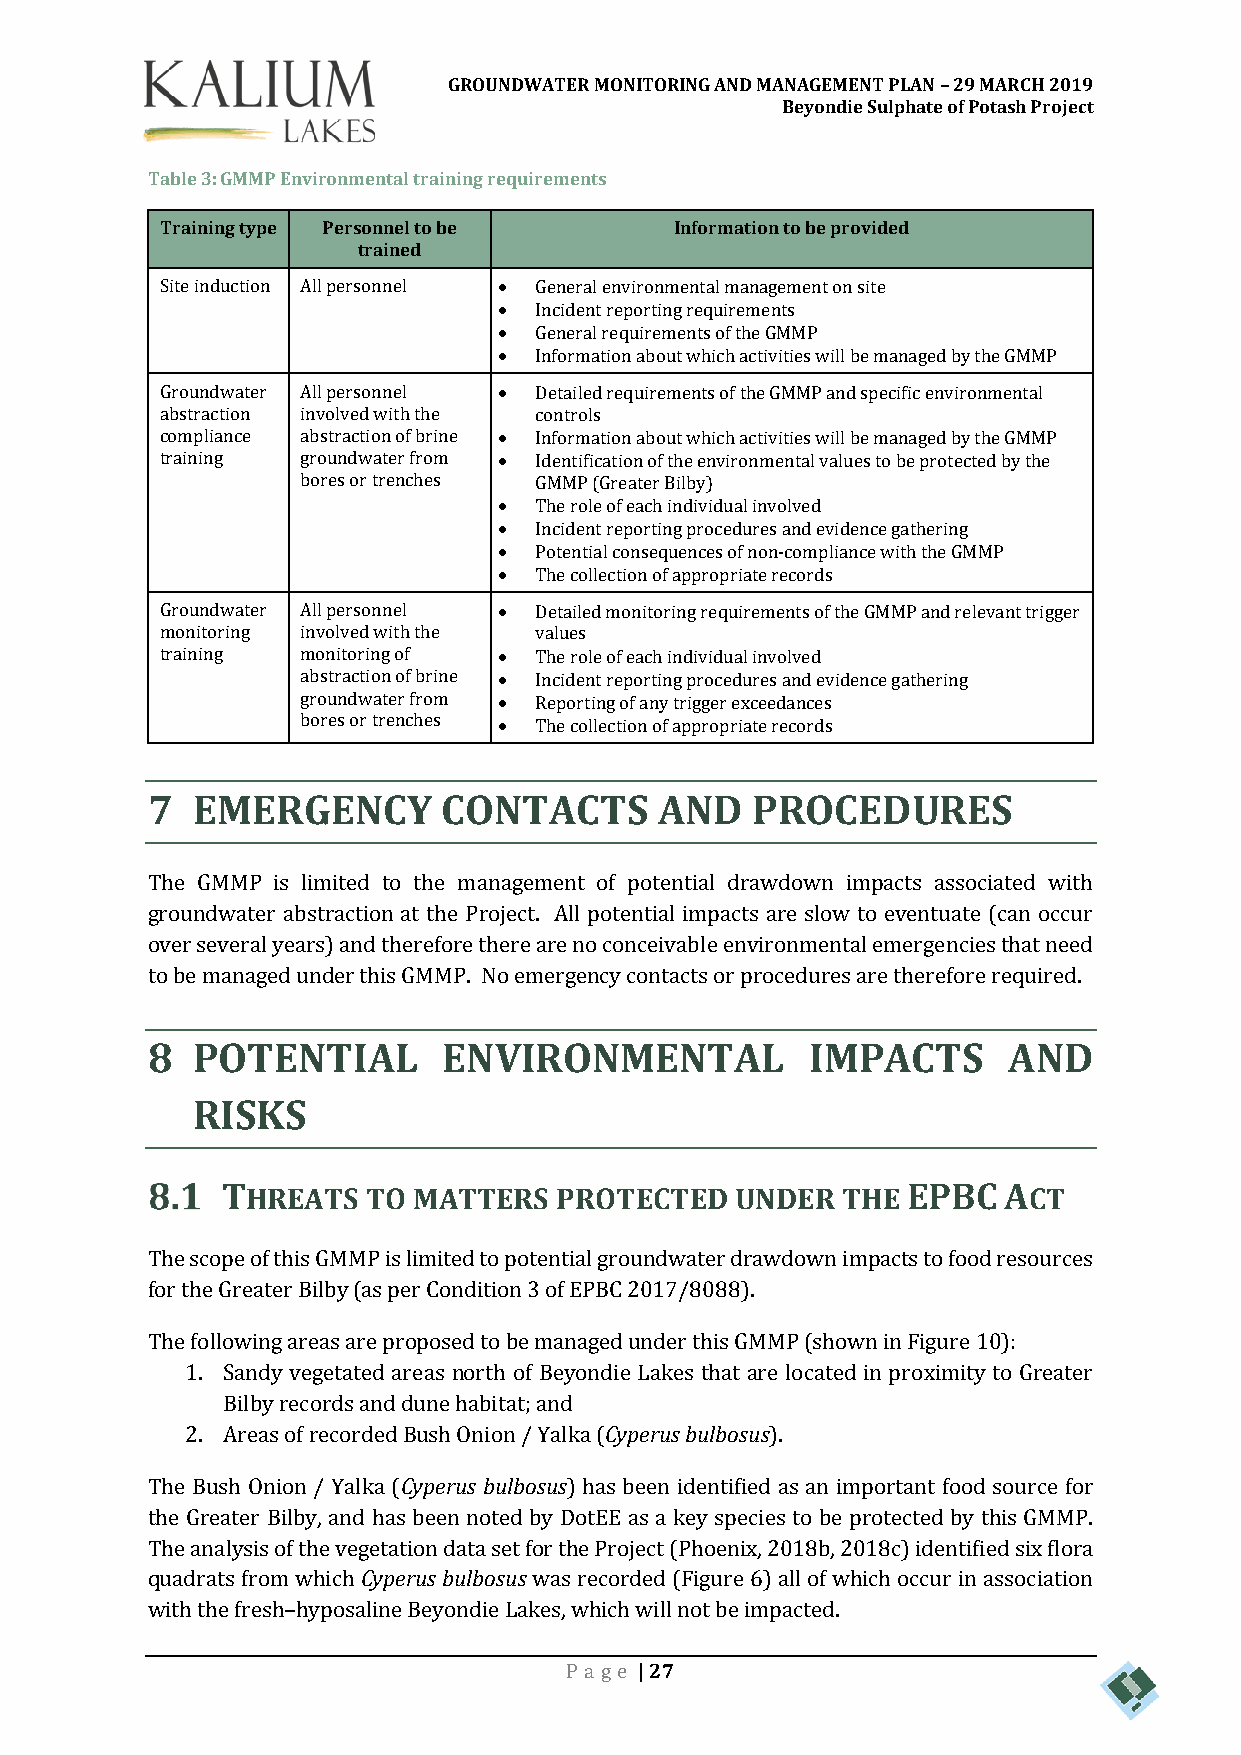
GROUNDWATER MONITORING AND MANAGEMENT PLAN – 29 MARCH 2019
 Beyondie Sulphate of Potash Project
 Table 3: GMMP Environmental training requirements
 Training type Personnel to be     Information to be provided
 trained
 Site induction All personnel  General environmental management on site
  Incident reporting requirements
  General requirements of the GMMP
  Information about which activities will be managed by the GMMP
 Groundwater All personnel  Detailed requirements of the GMMP and specific environmental
 abstraction involved with the controls
 compliance abstraction of brine  Information about which activities will be managed by the GMMP
 training groundwater from  Identification of the environmental values to be protected by the
 bores or trenches GMMP (Greater Bilby)
  The role of each individual involved
  Incident reporting procedures and evidence gathering
  Potential consequences of non-compliance with the GMMP
  The collection of appropriate records
 Groundwater All personnel  Detailed monitoring requirements of the GMMP and relevant trigger
 monitoring involved with the values
 training monitoring of  The role of each individual involved
 abstraction of brine  Incident reporting procedures and evidence gathering
 groundwater from  Reporting of any trigger exceedances
 bores or trenches  The collection of appropriate records
 7  EMERGENCY       CONTACTS       AND   PROCEDURES
 The GMMP is limited to the management of potential drawdown impacts associated with
 groundwater abstraction at the Project. All potential impacts are slow to eventuate (can occur
 over several years) and therefore there are no conceivable environmental emergencies that need
 to be managed under this GMMP. No emergency contacts or procedures are therefore required.
 8  POTENTIAL       ENVIRONMENTAL            IMPACTS      AND
 RISKS
 THREATS  TO MATTERS   PROTECTED   UNDER  THE EPBC  ACT
 The scope of this GMMP is limited to potential groundwater drawdown impacts to food resources
 for the Greater Bilby (as per Condition 3 of EPBC 2017/8088).
 The following areas are proposed to be managed under this GMMP (shown in Figure 10):
 1. Sandy vegetated areas north of Beyondie Lakes that are located in proximity to Greater
 Bilby records and dune habitat; and
 2. Areas of recorded Bush Onion / Yalka (Cyperus bulbosus).
 The Bush Onion / Yalka (Cyperus bulbosus) has been identified as an important food source for
 the Greater Bilby, and has been noted by DotEE as a key species to be protected by this GMMP.
 The analysis of the vegetation data set for the Project (Phoenix, 2018b, 2018c) identified six flora
 quadrats from which Cyperus bulbosus was recorded (Figure 6) all of which occur in association
 with the fresh–hyposaline Beyondie Lakes, which will not be impacted.
 Pa ge | 27